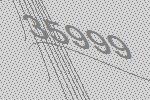
35999